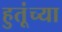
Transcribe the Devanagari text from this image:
हुतूंच्‍या